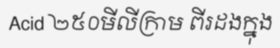
Acid ២៥០មីលីក្រាម ពីរដងក្នុង